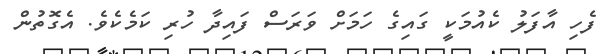
ފެހި އާފަލު ކެއުމަކީ ގައިގެ ހަމަށް ވަރަސް ފައިދާ ހުރި ކަމެކެވެ. އެގޮތުން